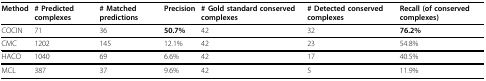
| Method | # Predicted complexes | # Matched predictions | Precision | # Gold standard conserved complexes | # Detected conserved complexes | Recall (of conserved complexes) |
 | --- | --- | --- | --- | --- | --- | --- |
 | COCIN | 71 | 36 | 50.7% | 42 | 32 | 76.2% |
 | CMC | 1202 | 145 | 12.1% | 42 | 23 | 54.8% |
 | HACO | 1040 | 69 | 6.6% | 42 | 17 | 40.5% |
 | MCL | 387 | 37 | 9.6% | 42 | 5 | 11.9% |